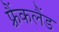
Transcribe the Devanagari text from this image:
फ़्रैंकलैंड